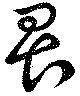
畏